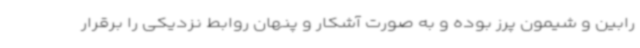
رابین و شیمون پرز بوده و به صورت آشکار و پنهان روابط نزدیکی را برقرار